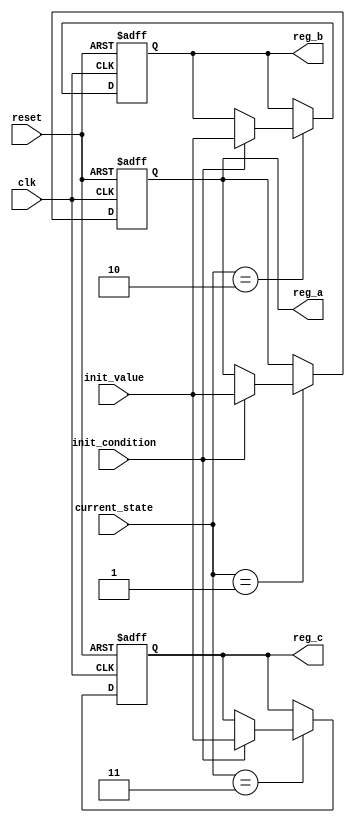
module conditional_initialization #(
    parameter DATA_WIDTH = 8,
    parameter STATE_WIDTH = 2
)(
    input wire clk,
    input wire reset,
    input wire [STATE_WIDTH-1:0] current_state,
    input wire init_condition,
    input wire [DATA_WIDTH-1:0] init_value,
    output reg [DATA_WIDTH-1:0] reg_a,
    output reg [DATA_WIDTH-1:0] reg_b,
    output reg [DATA_WIDTH-1:0] reg_c
);

    // State encoding
    localparam STATE_IDLE = 2'b00;
    localparam STATE_INIT_A = 2'b01;
    localparam STATE_INIT_B = 2'b10;
    localparam STATE_INIT_C = 2'b11;

    // Sequential block for initialization
    always @(posedge clk or posedge reset) begin
        if (reset) begin
            // Complete reinitialization on reset
            reg_a <= 8'h00;
            reg_b <= 8'h00;
            reg_c <= 8'h00;
        end else begin
            // Conditional initialization based on current state and init_condition
            case (current_state)
                STATE_IDLE: begin
                    // No initialization in idle state
                    reg_a <= reg_a; // Retain current value
                    reg_b <= reg_b; // Retain current value
                    reg_c <= reg_c; // Retain current value
                end

                STATE_INIT_A: begin
                    if (init_condition) begin
                        reg_a <= init_value; // Initialize reg_a
                    end
                end

                STATE_INIT_B: begin
                    if (init_condition) begin
                        reg_b <= init_value; // Initialize reg_b
                    end
                end

                STATE_INIT_C: begin
                    if (init_condition) begin
                        reg_c <= init_value; // Initialize reg_c
                    end
                end

                default: begin
                    // Default case to retain values
                    reg_a <= reg_a;
                    reg_b <= reg_b;
                    reg_c <= reg_c;
                end
            endcase
        end
    end

endmodule